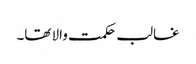
غالب حکمت والا تھا۔